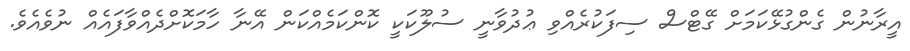
އީރާނުން ގެންގުޅޭކަމަށް ގޭޓްސް ސިފަކުރެއްވި ޢުދުވާނީ ސުލޫކަކީ ކޮންކަމެއްކަން އޭނާ ހާމަކޮށްދެއްވާފައެއް ނުވެއެވެ.